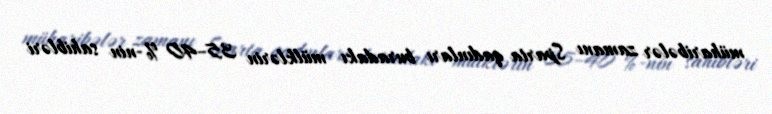
müharibələr zamanı Sparta qadınları buradakı mülklərin 35–40 %-nin sahibləri